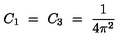
C _ { 1 } \ = \ C _ { 3 } \ = \ \frac { 1 } { 4 \pi ^ { 2 } }